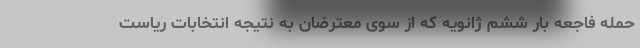
حمله فاجعه ‌بار ششم ژانویه که از سوی معترضان به نتیجه انتخابات ریاست